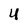
Character: 4